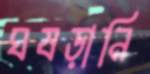
ঘষড়ানি